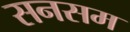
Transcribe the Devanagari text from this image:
सनसम